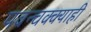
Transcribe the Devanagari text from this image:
पवन्चक्क्याही